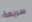
سريعة